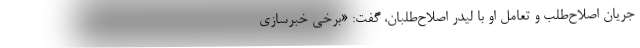
جریان اصلاح‌طلب و تعامل او با لیدر اصلاح‌طلبان، گفت: «برخی خبرسازی